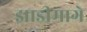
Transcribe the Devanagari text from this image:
झाडीमागे